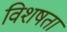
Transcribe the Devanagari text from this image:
विशषता